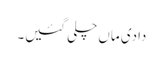
دادی ماں چلی گئیں۔